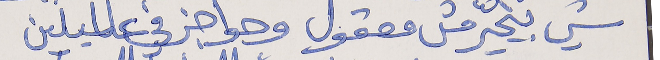
شي بيحيّر مش معقول وحواجز في عالميلين